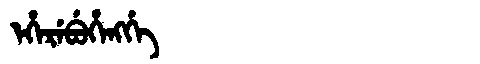
Manchu: ᡝᡥᡝᡵᡝᠪᡠᡥᡝᠩᡤᡝ
Romanization: EHEREBUHENGGE